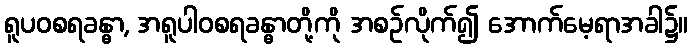
ရူပဝစရခန္ဓာ, အရူပါဝစရခန္ဓာတို့ကို အစဉ်လိုက်၍ အောက်မေ့ရာအခါ၌။